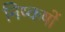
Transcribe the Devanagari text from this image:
निष्कषों